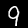
Label: 9